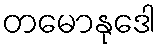
တမောနုဒေါ